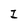
Character: I